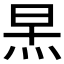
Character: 𪸣